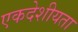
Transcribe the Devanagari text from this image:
एकदेशीयता